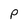
Character: p